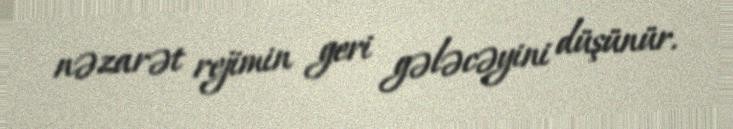
nəzarət rejimin geri gələcəyini düşünür.